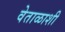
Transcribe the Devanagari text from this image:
वेताळाशी